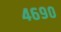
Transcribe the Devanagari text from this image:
४६९०